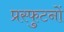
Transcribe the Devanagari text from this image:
प्रस्फुटनों